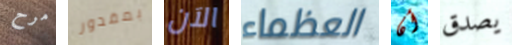
مرح بمقدور الآن العظماء أن يصدق